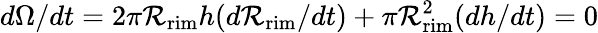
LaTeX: d\Omega/dt=2\pi\mathcal{R}_{\mathrm{{rim}}}h(d\mathcal{R}_{\mathrm{{rim}}}/dt)+\pi\mathcal{R}_{\mathrm{{rim}}}^{2}(dh/dt)=0